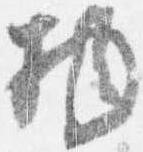
物